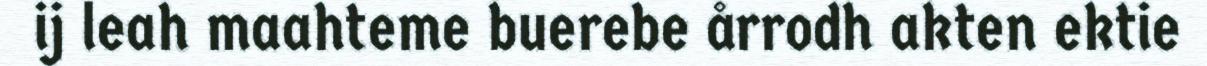
ij leah maahteme buerebe årrodh akten ektie